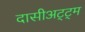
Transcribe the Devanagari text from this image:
दासीअट्ट्म